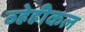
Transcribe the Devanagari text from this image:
व्हेहीकल